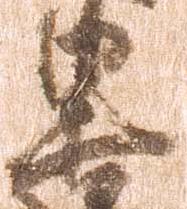
黒